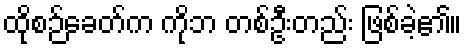
ထိုစဉ်ခေတ်က ကိုဘ တစ်ဦးတည်း ဖြစ်ခဲ့၏။